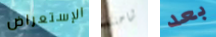
الإستعراض شاحنته بعد